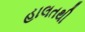
હાલતથી